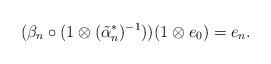
LaTeX: \begin{align*}(\beta_n \circ (1 \otimes (\tilde{\alpha}_n^*)^{-1}))(1\otimes e_0)=e_{n}.\end{align*}